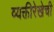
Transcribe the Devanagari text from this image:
व्यक्तीरेखेची